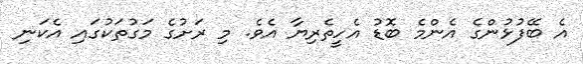
އެ ބޭފުޅުންގެ އެންމެ ބޮޑު އެހީތެރިޔާ އެވެ. މި ރަށުގެ މަގުތަކުގައި އެކަނި